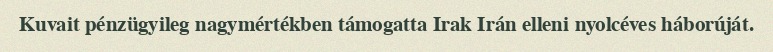
Kuvait pénzügyileg nagymértékben támogatta Irak Irán elleni nyolcéves háborúját.